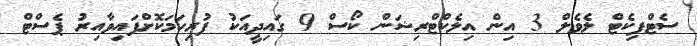
ސެޓްފިކެޓް ލެވެލް 3 އިން އިލެކްޓްރިޝަން ކޯސް 9 ގައިދީއަކު ފުރިހަމަކޮށްފައިވާއިރު ޕެސްޓް